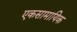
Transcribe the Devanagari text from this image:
एकसामायिक